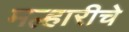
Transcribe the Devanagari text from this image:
मल्हारीचे